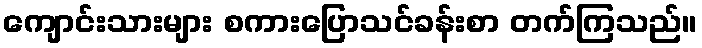
ကျောင်းသားများ စကားပြောသင်ခန်းစာ တက်ကြသည်။